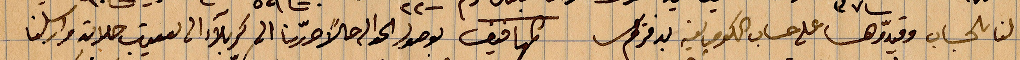
لنا بحساب وقيّدوها على حساب الكومبا...بدفتركم الموافق لوصول الحوالة حالًأ حرّرنا الك كربلاء الى يعقوب حلاته وارسلنا